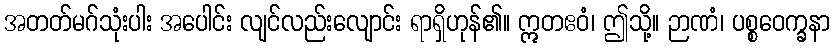
အတတ်မဂ်သုံးပါး အပေါင်း လျင်လည်းလျောင်း ရာရှိဟုန်၏။ ဣတဧဝံ၊ ဤသို့။ ဉာဏံ၊ ပစ္စဝေက္ခနာ